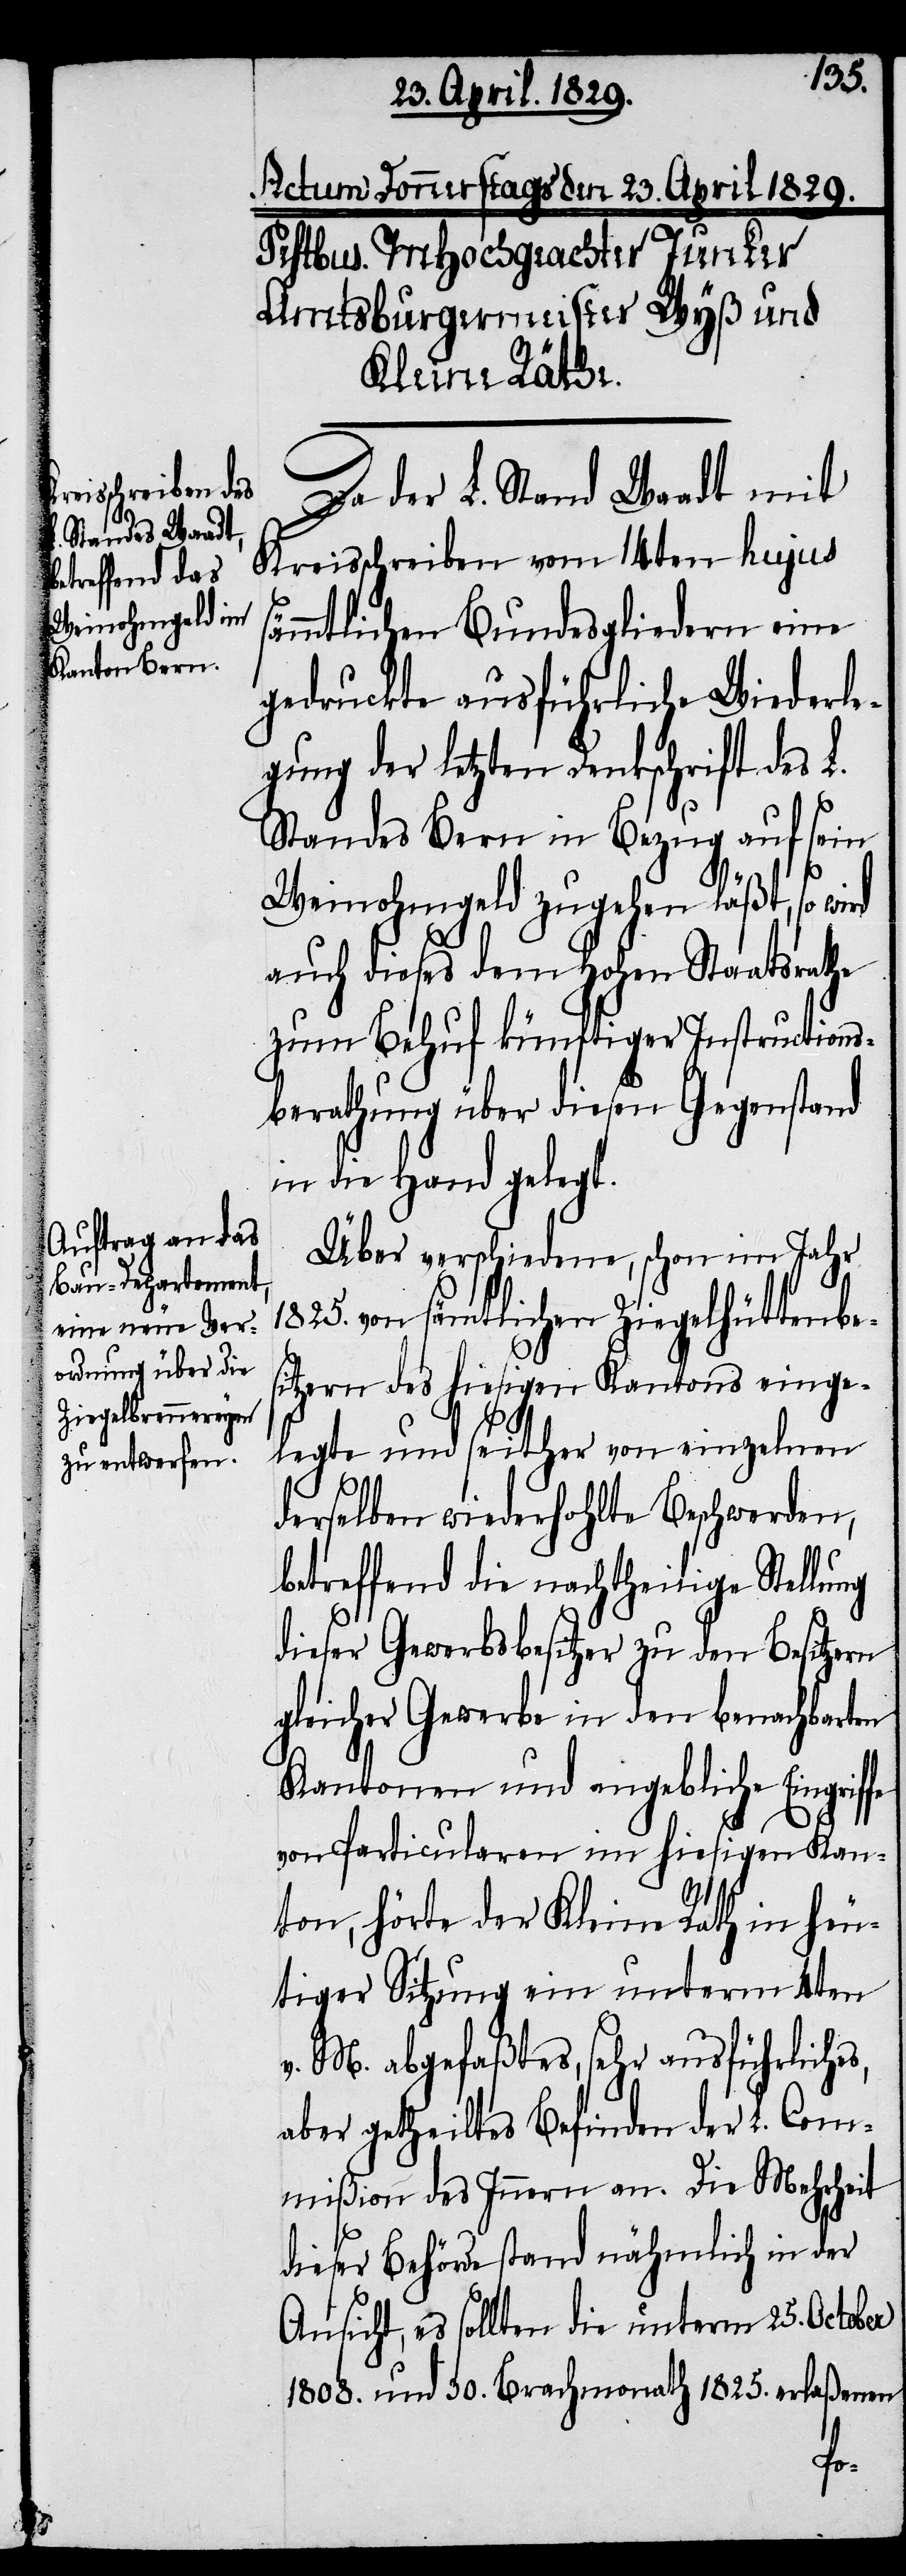
Da der L. Stand Waadt mit
Kreisschreiben vom 14ten hujus
sämmtlichen Bundesgliedern eine
gedruckte ausführliche Wiederle¬
gung der letzten Denkschrift des L.
Standes Bern in Bezug auf sein
Weinohmgeld zugehen läßt, so wird
auch dieses dem Hohen Staatsrathe
zum Behuf künftiger Instructions¬
berathung über diesen Gegenstand
in die Hand gelegt.
Über verschiedene, schon im Jahr
1825. von sämtlichen Ziegelhüttenbe¬
sitzern des hiesigen Kantons einge¬
legte und seither von einzelnen
derselben wiederhohlte Beschwerden,
betreffend die nachtheilige Stellung
dieser Gewerbsbesitzer zu den Besitzern
gleicher Gewerbe in den benachbarten
Kantonen und angebliche Eingriffe
von Particularen im hiesigen Kan¬
s,
ton, hörte der Kleine Rath in heu¬
tiger Sitzung ein unterm 4ten
v. M. abgefaßtes, sehr ausführliche¬
aber getheiltes Befinden der L. Com¬
mißion des Innern an. Die Mehrheit
dieser Behörde stand nähmlich in der
Ansicht, es sollten die unterm 25. October
1808. und 30. Brachmonath 1825. erlaßenen